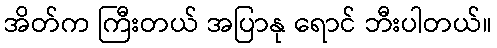
အိတ်က ကြီးတယ် အပြာနု ရောင် ဘီးပါတယ်။